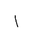
Letter: _alif